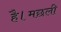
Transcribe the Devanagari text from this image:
है।मछली